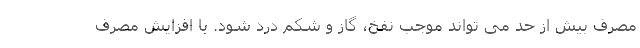
مصرف بیش از حد می تواند موجب نفخ، گاز و شکم درد شود. با افزایش مصرف